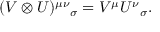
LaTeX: ( V \otimes U ) ^ { \mu \nu } { } _ { \sigma } = V ^ { \mu } U ^ { \nu } { } _ { \sigma } .